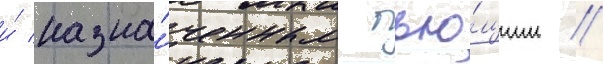
и́ назна́ченным бью́щим //